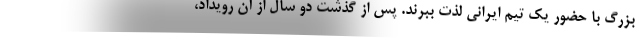
بزرگ با حضور یک تیم ایرانی لذت ببرند. پس از گذشت دو سال از آن رویداد،